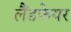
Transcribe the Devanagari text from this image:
लैंडफेयर